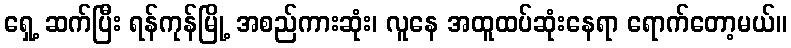
ရှေ့ ဆက်ပြီး ရန်ကုန်မြို့ အစည်ကားဆုံး၊ လူနေ အထူထပ်ဆုံးနေရာ ရောက်တော့မယ်။